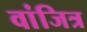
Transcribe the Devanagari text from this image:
वांजित्र